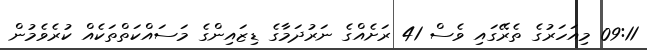
09:11 މިއަހަރުގެ ތެރޭގައި ވެސް 41 ރަށެއްގެ ނަރުދަމާގެ ޑިޒައިންގެ މަސައްކަތްތަކެއް ކުރެވެމުން